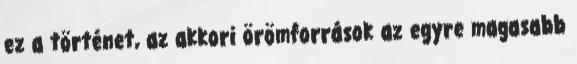
ez a történet, az akkori örömforrások az egyre magasabb